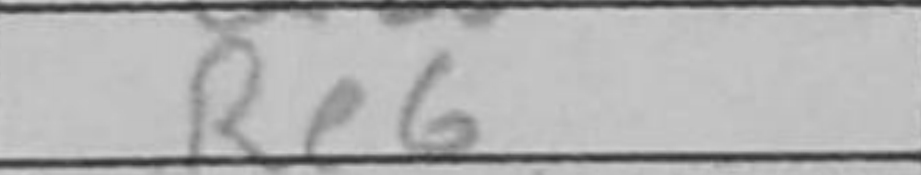
Transcription: Re6